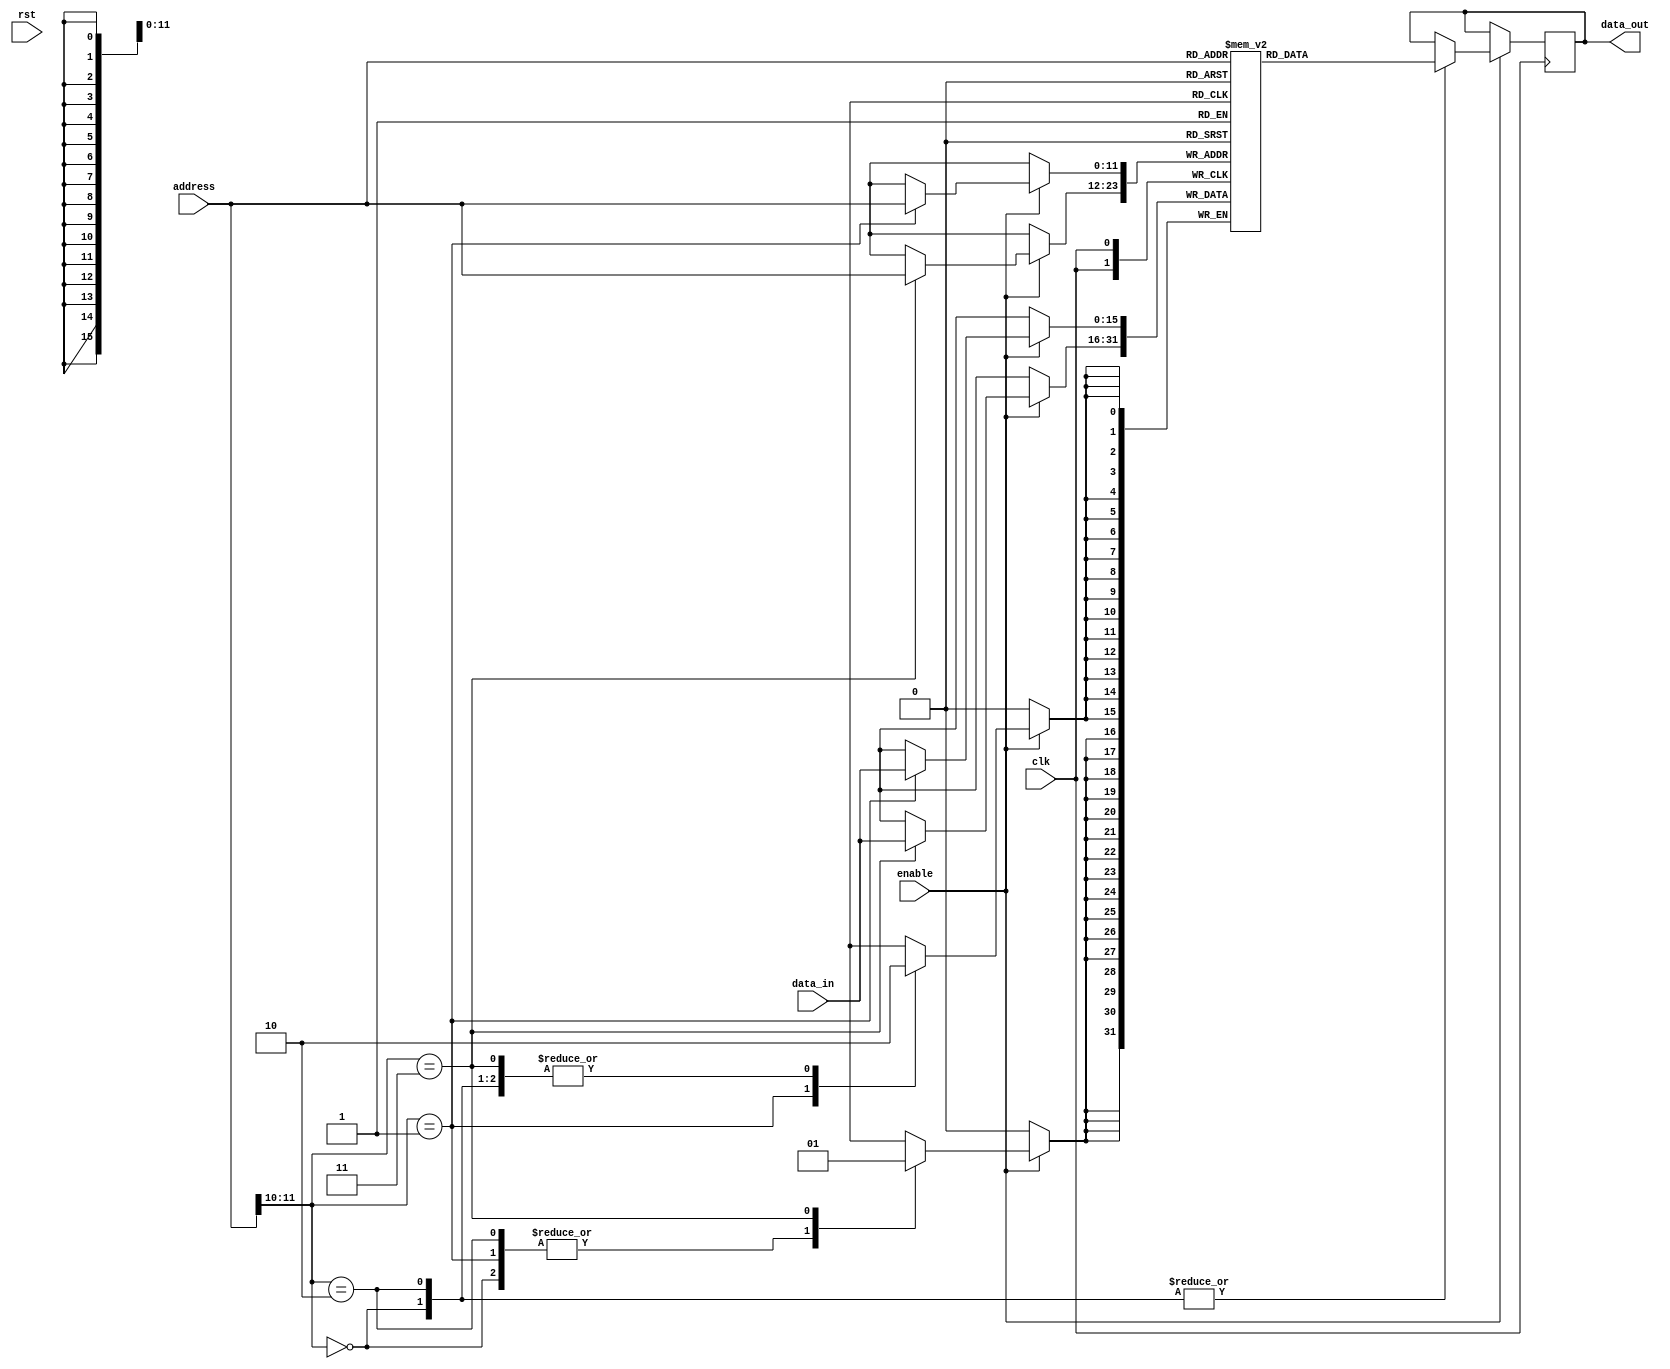
module DDR_SDRAM (
    input wire clk,                   // Clock input
    input wire rst,                   // Reset input
    input wire enable,                // Enable input
    input wire [11:0] address,        // Address input
    input wire [15:0] data_in,        // Data input
    output reg [15:0] data_out        // Data output
);

// Implementing DDR SDRAM module

// Define memory block with initial contents
reg [15:0] memory [0:4095];

// Implementing address decoding logic
always @ (posedge clk) begin
    if (enable) begin
        case (address[11:10])
            2'b00: data_out <= memory[address];
            2'b01: memory[address] <= data_in;
            2'b10: data_out <= memory[address];
            2'b11: memory[address] <= data_in;
            default: data_out <= 16'h0000;
        endcase
    end
end

endmodule